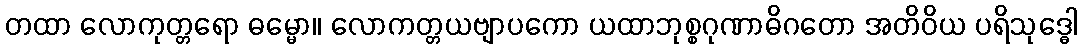
တထာ လောကုတ္တရော ဓမ္မော။ လောကတ္တယဗျာပကော ယထာဘုစ္စဂုဏာဓိဂတော အတိဝိယ ပရိသုဒ္ဓေါ